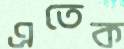
এতেক